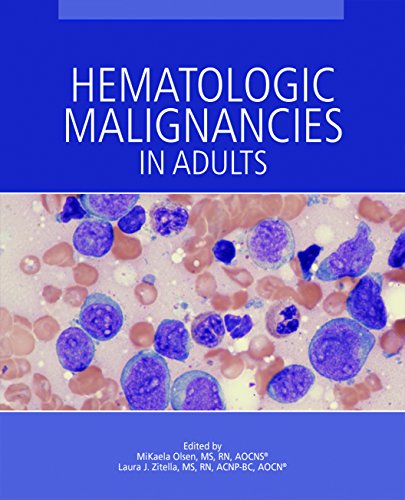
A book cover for Hematologic Malignancies in Adults; M. Olsen; Medical Books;